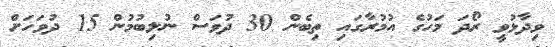
ވިދާޅުވީ ރޯދަ މަހުގެ އުމުރާގައި ތިބެން 30 ދުވަސް ނުލިބުމުން 15 ދުވަހަށް